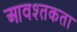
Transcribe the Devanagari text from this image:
आवश्तकता